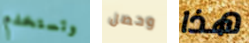
وتستخدم وحصل هذا